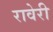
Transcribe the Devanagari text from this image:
रावेरी